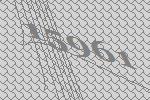
15961